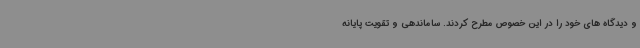
و دیدگاه های خود را در این خصوص مطرح کردند. ساماندهی و تقویت پایانه